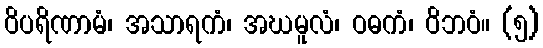
ဝိပရိဏာမံ၊ အသာရကံ၊ အဃမူလံ၊ ဝဓကံ၊ ဝိဘဝံ။ (၅)